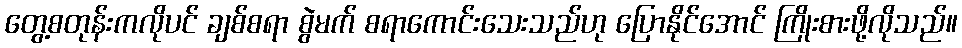
တွေ့စတုန်းကလိုပင် ချစ်စရာ စွဲမက် စရာကောင်းသေးသည်ဟု ပြောနိုင်အောင် ကြိုးစားဖို့လိုသည်။